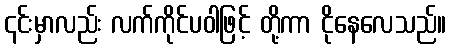
၎င်းမှာလည်း လက်ကိုင်ပဝါဖြင့် တို့ကာ ငိုနေလေသည်။